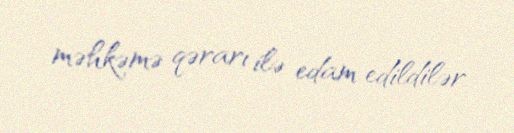
məhkəmə qərarı ilə edam edildilər.